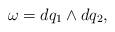
LaTeX: \begin{align*}\omega =dq_1 \wedge dq_2,\end{align*}